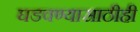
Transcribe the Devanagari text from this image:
घडवण्यासाठीही